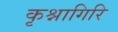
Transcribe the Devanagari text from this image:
कृश्नागिरि